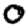
Digit: 0